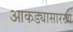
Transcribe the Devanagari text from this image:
आकड्यासारखा